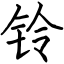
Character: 铃